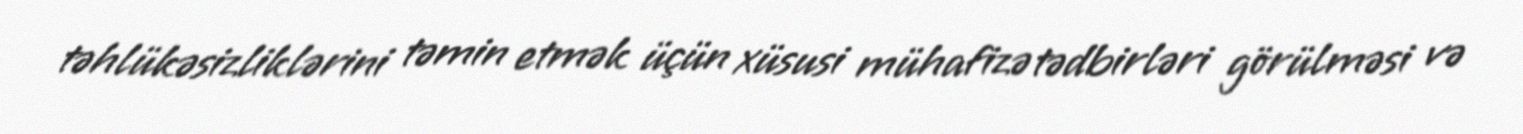
təhlükəsizliklərini təmin etmək üçün xüsusi mühafizə tədbirləri görülməsi və